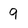
Character: 9